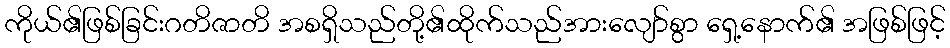
ကိုယ်၏ဖြစ်ခြင်းဂတိဇာတိ အစရှိသည်တို့၏ထိုက်သည်အားလျော်စွာ ရှေ့နောက်၏ အဖြစ်ဖြင့်